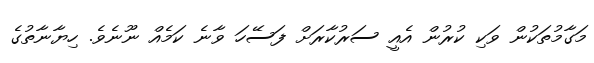
މަގާމުތަކުން ވަކި ކުރުން އެއީ ސަރުކާރަށް ފަސޭހަ ވާނެ ކަމެއް ނޫނެވެ. ހިޔާނާތުގެ